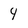
Character: 4